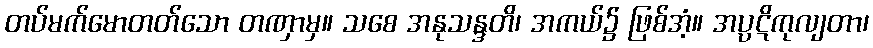
တပ်မက်မောတတ်သော တဏှာမှ။ သစေ အနုသန္ဒတိ၊ အကယ်၌ ဖြစ်အံ့။ အပ္ပဋိကုလျတာ၊